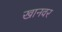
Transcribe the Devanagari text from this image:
खानवर